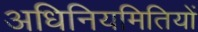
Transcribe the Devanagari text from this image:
अधिनियमितियों